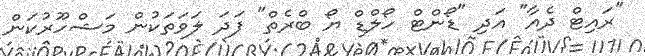
"ރައިޓް ދެއާ" އަދި "ޑޯންޓް ހޯލްޑް ޔޯ ބްރެތް" ފަދަ ލަވަތަކުން މަޝްހޫރުކަން